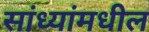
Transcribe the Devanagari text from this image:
सांध्यांमधील